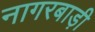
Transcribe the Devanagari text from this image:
नागरबाड़ी